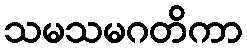
သမသမဂတိကာ